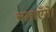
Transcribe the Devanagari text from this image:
चलाएँगे।